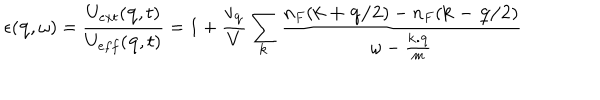
\epsilon ( { \bf { q } } , \omega ) = \frac { U _ { e x t } ( { \bf { q } } , t ) } { U _ { e f f } ( { \bf { q } } , t ) } = 1 + \frac { v _ { { \bf { q } } } } { V } \sum _ { { \bf { k } } } \frac { n _ { F } ( { \bf { k + q / 2 } } ) - n _ { F } ( { \bf { k - q / 2 } } ) } { \omega - \frac { { \bf { k . q } } } { m } }